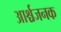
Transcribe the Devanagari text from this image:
आर्श्चजनक